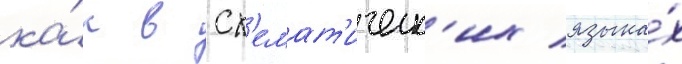
ка́к в сх'емат'ическ'их языка́х